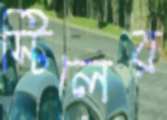
স্টিলের